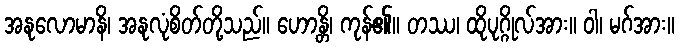
အနုလောမာနိ၊ အနုလုံစိတ်တို့သည်။ ဟောန္တိ၊ ကုန်၏။ တဿ၊ ထိုပုဂ္ဂိုလ်အား။ ဝါ၊ မဂ်အား။